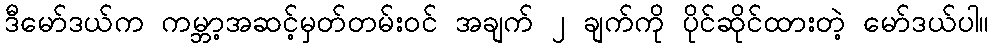
ဒီမော်ဒယ်က ကမ္ဘာ့အဆင့်မှတ်တမ်းဝင် အချက် ၂ ချက်ကို ပိုင်ဆိုင်ထားတဲ့ မော်ဒယ်ပါ။